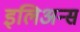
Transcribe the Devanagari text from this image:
इलिअन्स